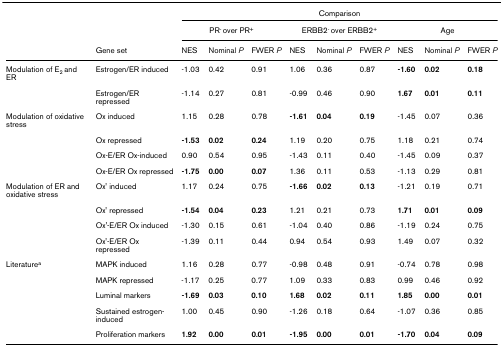
<table><thead><tr><td></td><td></td><td colspan="9"><b>Comparison</b></td></tr><tr><td></td><td></td><td colspan="3"><b>PR<sup>- </sup>over PR<sup>+</sup></b></td><td colspan="3"><b>ERBB2<sup>- </sup>over ERBB2<sup>+</sup></b></td><td colspan="3"><b>Age</b></td></tr><tr><td></td><td><b>Gene set</b></td><td><b>NES</b></td><td><b>Nominal <i>P</i></b></td><td><b>FWER <i>P</i></b></td><td><b>NES</b></td><td><b>Nominal <i>P</i></b></td><td><b>FWER <i>P</i></b></td><td><b>NES</b></td><td><b>Nominal <i>P</i></b></td><td><b>FWER <i>P</i></b></td></tr></thead><tbody><tr><td>Modulation of E<sub>2 </sub>and ER</td><td>Estrogen/ER induced</td><td>-1.03</td><td>0.42</td><td>0.91</td><td>1.06</td><td>0.36</td><td>0.87</td><td><b>-1.60</b></td><td><b>0.02</b></td><td><b>0.18</b></td></tr><tr><td></td><td>Estrogen/ER repressed</td><td>-1.14</td><td>0.27</td><td>0.81</td><td>-0.99</td><td>0.46</td><td>0.90</td><td><b>1.67</b></td><td><b>0.01</b></td><td><b>0.11</b></td></tr><tr><td>Modulation of oxidative stress</td><td>Ox induced</td><td>1.15</td><td>0.28</td><td>0.78</td><td><b>-1.61</b></td><td><b>0.04</b></td><td><b>0.19</b></td><td>-1.45</td><td>0.07</td><td>0.36</td></tr><tr><td></td><td>Ox repressed</td><td><b>-1.53</b></td><td><b>0.02</b></td><td><b>0.24</b></td><td>1.19</td><td>0.20</td><td>0.75</td><td>1.18</td><td>0.21</td><td>0.74</td></tr><tr><td></td><td>Ox-E/ER Ox-induced</td><td>0.90</td><td>0.54</td><td>0.95</td><td>-1.43</td><td>0.11</td><td>0.40</td><td>-1.45</td><td>0.09</td><td>0.37</td></tr><tr><td></td><td>Ox-E/ER Ox repressed</td><td><b>-1.75</b></td><td><b>0.00</b></td><td><b>0.07</b></td><td>1.36</td><td>0.11</td><td>0.53</td><td>-1.13</td><td>0.29</td><td>0.81</td></tr><tr><td>Modulation of ER and oxidative stress</td><td>Ox&#x27; induced</td><td>1.17</td><td>0.24</td><td>0.75</td><td><b>-1.66</b></td><td><b>0.02</b></td><td><b>0.13</b></td><td>-1.21</td><td>0.19</td><td>0.71</td></tr><tr><td></td><td>Ox&#x27; repressed</td><td><b>-1.54</b></td><td><b>0.04</b></td><td><b>0.23</b></td><td>1.21</td><td>0.21</td><td>0.73</td><td><b>1.71</b></td><td><b>0.01</b></td><td><b>0.09</b></td></tr><tr><td></td><td>Ox&#x27;-E/ER Ox induced</td><td>-1.30</td><td>0.15</td><td>0.61</td><td>-1.04</td><td>0.40</td><td>0.86</td><td>-1.19</td><td>0.24</td><td>0.75</td></tr><tr><td></td><td>Ox&#x27;-E/ER Ox repressed</td><td>-1.39</td><td>0.11</td><td>0.44</td><td>0.94</td><td>0.54</td><td>0.93</td><td>1.49</td><td>0.07</td><td>0.32</td></tr><tr><td>Literature<sup>a</sup></td><td>MAPK induced</td><td>1.16</td><td>0.28</td><td>0.77</td><td>-0.98</td><td>0.48</td><td>0.91</td><td>-0.74</td><td>0.78</td><td>0.98</td></tr><tr><td></td><td>MAPK repressed</td><td>-1.17</td><td>0.25</td><td>0.77</td><td>1.09</td><td>0.33</td><td>0.83</td><td>0.99</td><td>0.46</td><td>0.92</td></tr><tr><td></td><td>Luminal markers</td><td><b>-1.69</b></td><td><b>0.03</b></td><td><b>0.10</b></td><td><b>1.68</b></td><td><b>0.02</b></td><td><b>0.11</b></td><td><b>1.85</b></td><td><b>0.00</b></td><td><b>0.01</b></td></tr><tr><td></td><td>Sustained estrogen-induced</td><td>1.00</td><td>0.45</td><td>0.90</td><td>-1.26</td><td>0.18</td><td>0.64</td><td>-1.07</td><td>0.36</td><td>0.85</td></tr><tr><td></td><td>Proliferation markers</td><td><b>1.92</b></td><td><b>0.00</b></td><td><b>0.01</b></td><td><b>-1.95</b></td><td><b>0.00</b></td><td><b>0.01</b></td><td><b>-1.70</b></td><td><b>0.04</b></td><td><b>0.09</b></td></tr></tbody></table>